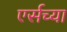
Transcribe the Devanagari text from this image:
एर्सच्या